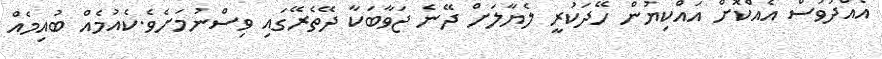
އެއްދުވަސް އެއްކޮށް އައްކިޔުން ހޭދަކުރީ ލެޔާލަށް ދޭނެ ޖަވާބަކާ ދޭތެރޭގައި ވިސްނުމަށެވެ.ކެއުމެއް ބުއިމެއް